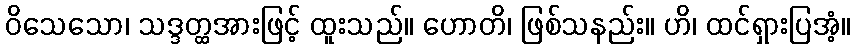
ဝိသေသော၊ သဒ္ဒတ္ထအားဖြင့် ထူးသည်။ ဟောတိ၊ ဖြစ်သနည်း။ ဟိ၊ ထင်ရှားပြအံ့။